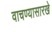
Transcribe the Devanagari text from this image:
वाचण्यासारखे